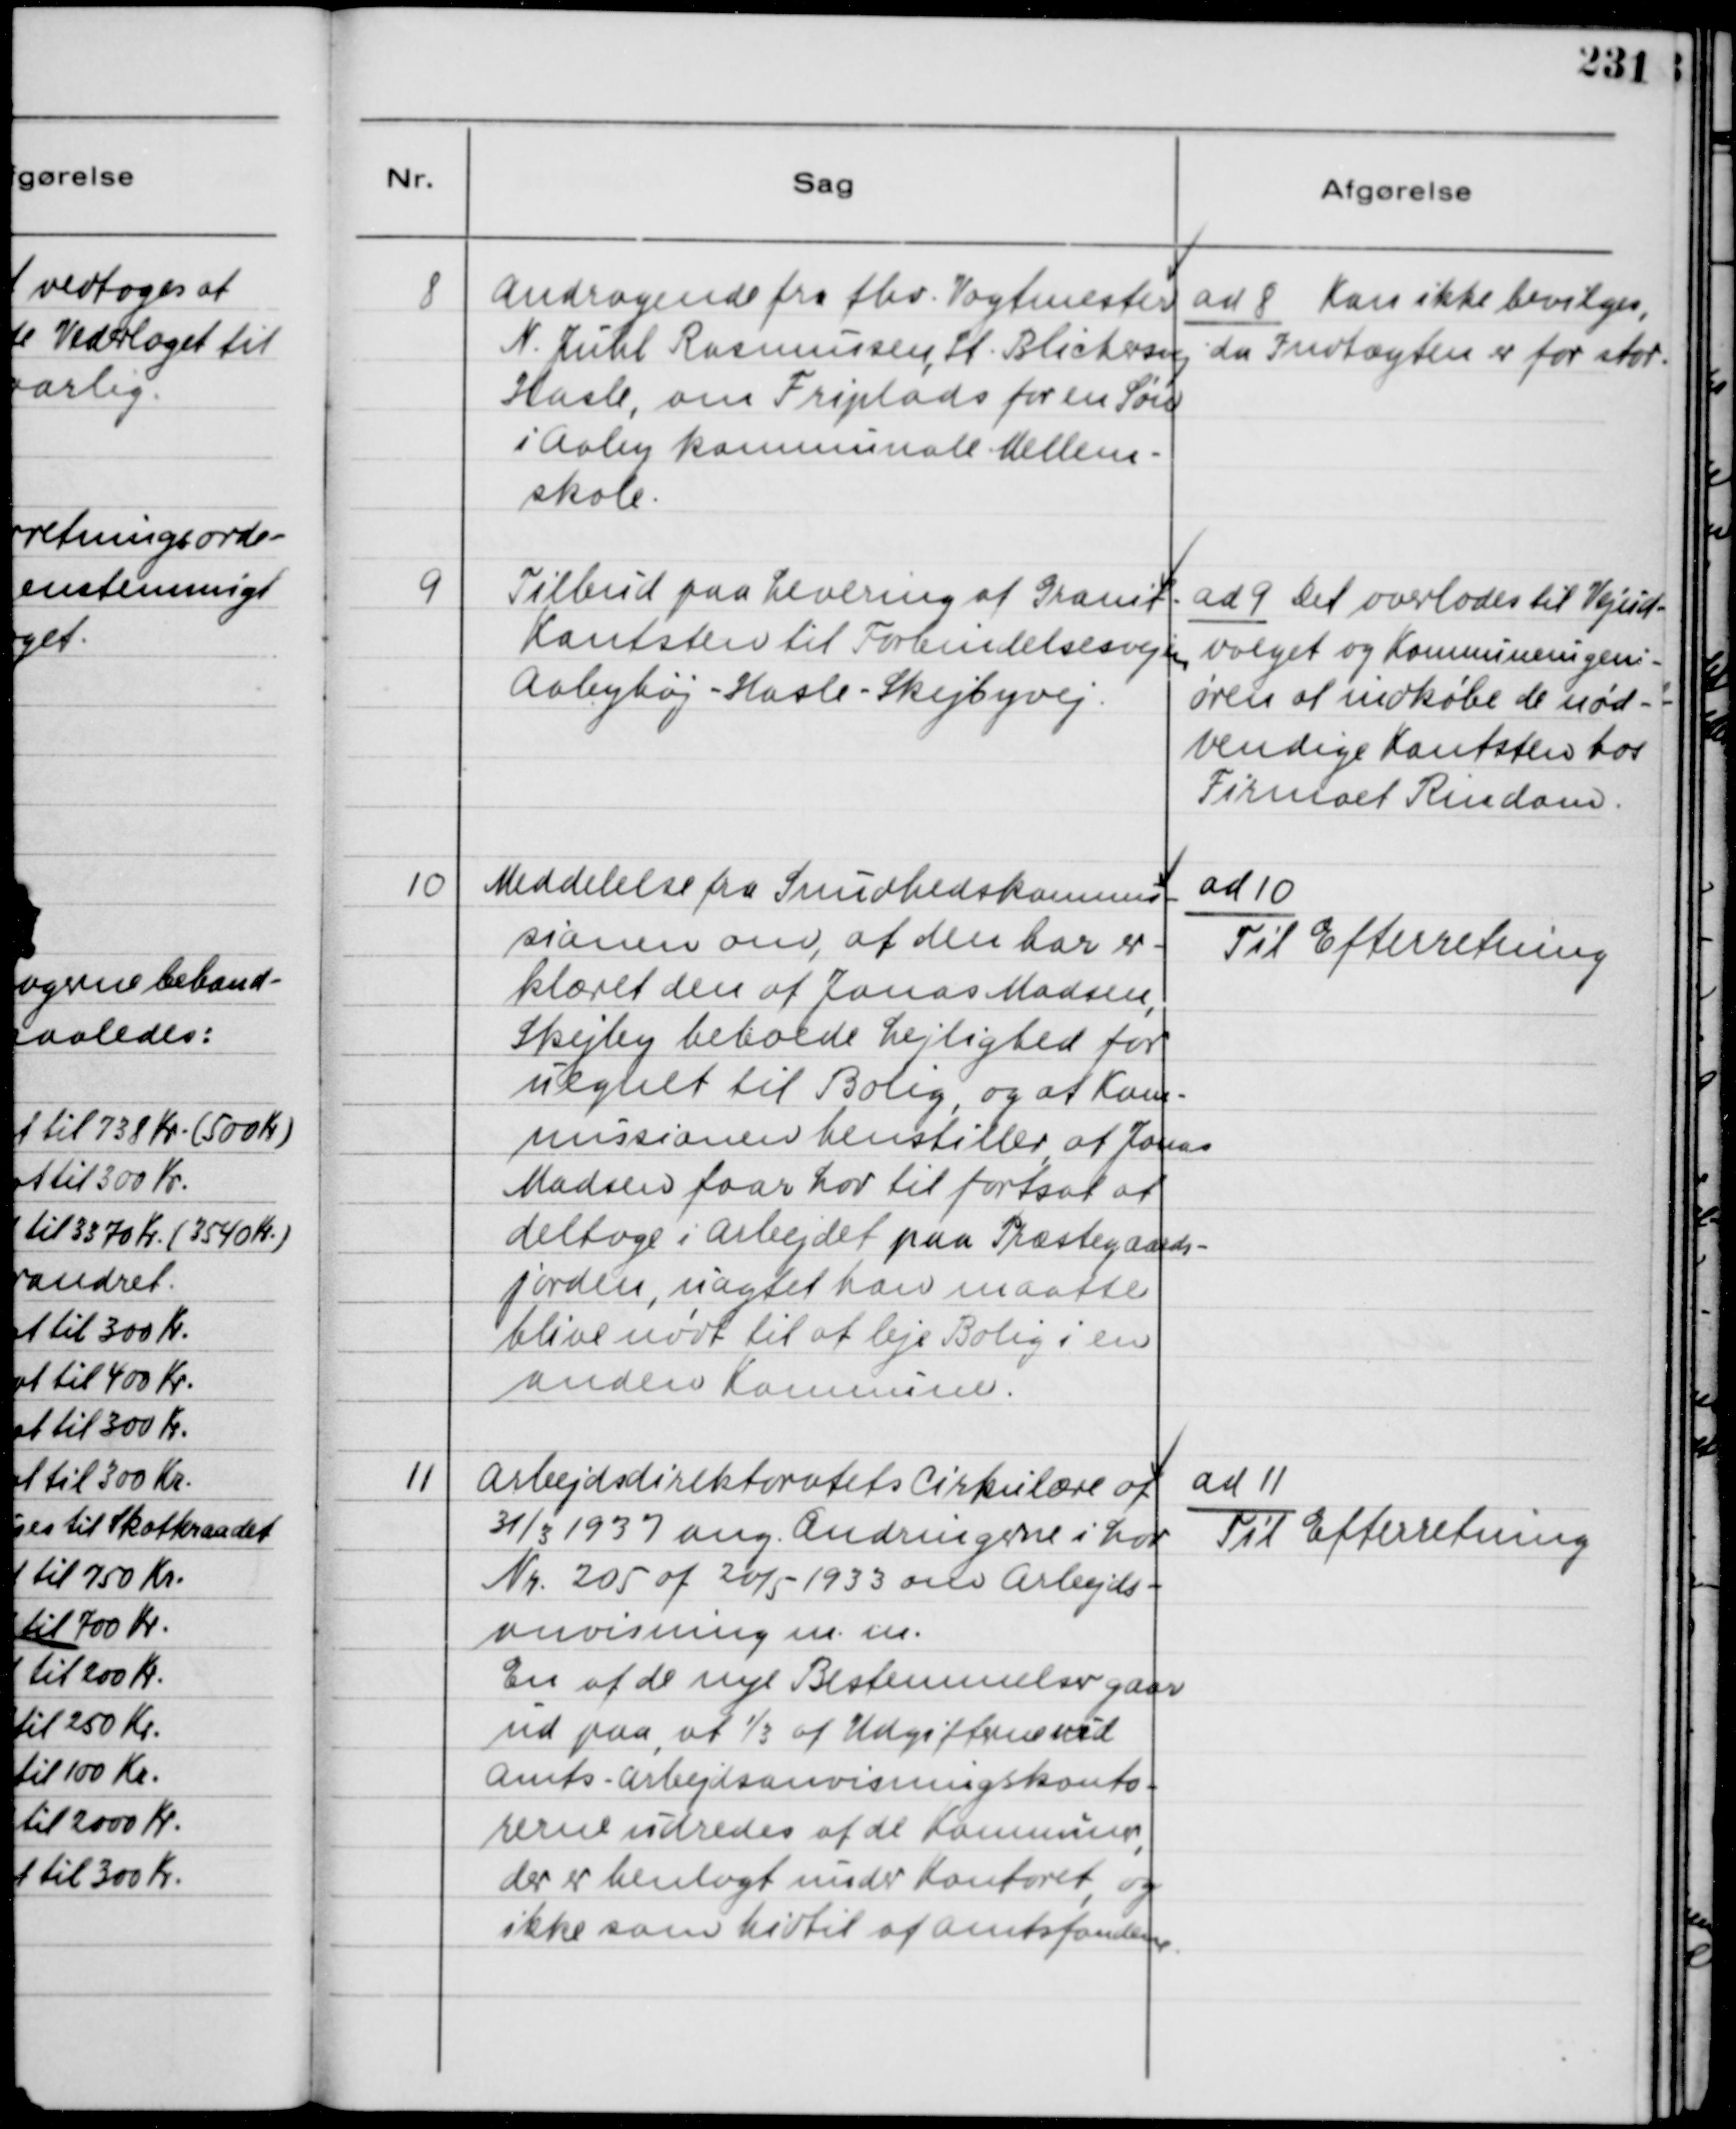
Transskription:
8
Andragende fra fhv. Vagtmester
N. Juhl Rasmussen, St. Blichersvej
Hasle, om Friplads for en Søn
i Aaby kommunale Mellem-
skole.

ad 8 Kan ikke bevilges,
da Indtægten er for stor.

9
Tilbud paa Levering af Granit
Kantsten til Forbindelsesvejen
Aabyhøj - Hasle - Skejbyvej.

ad 9 Det overlodes til Vejud-
valget og Kommuneingeni-
øren at indkøbe de nød-
vendige Kantsten hos
Firmaet Rindam.

10
Meddelelse fra Sundhedskommis-
sionen om, at den har er-
klæret den af Jonas Madsen,
Skejby beboede Lejlighed for
uegnet til Bolig, og at Kom-
missionen henstiller, af Jonas
Madsen faar Lov til fortsat at
deltage i Arbejdet paa Præstegaards-
jorden, uagtet han maatte
blive nødt til at leje Bolig i en
anden Komnune .

ad 10
Til Efterretning

11
Arbejdsdirektoratets Cirkulære af
31/3 1937 ang. Ændringerne i Lov
Nr. 205 af 20/5-1933 om Arbejds-
anvisning m. m.
En af de nye Bestemmelse gaar
ud paa, at ⅓ af Udgifterne ved
Amts - Arbejdsanvisningskonto-
rerne udredes af de Kommuner,
der er henlagt under Kontoret, og
ikke som hidtil af Amtsfondene.

ad 11
Til Efterretning